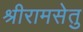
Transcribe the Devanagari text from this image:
श्रीरामसेतु